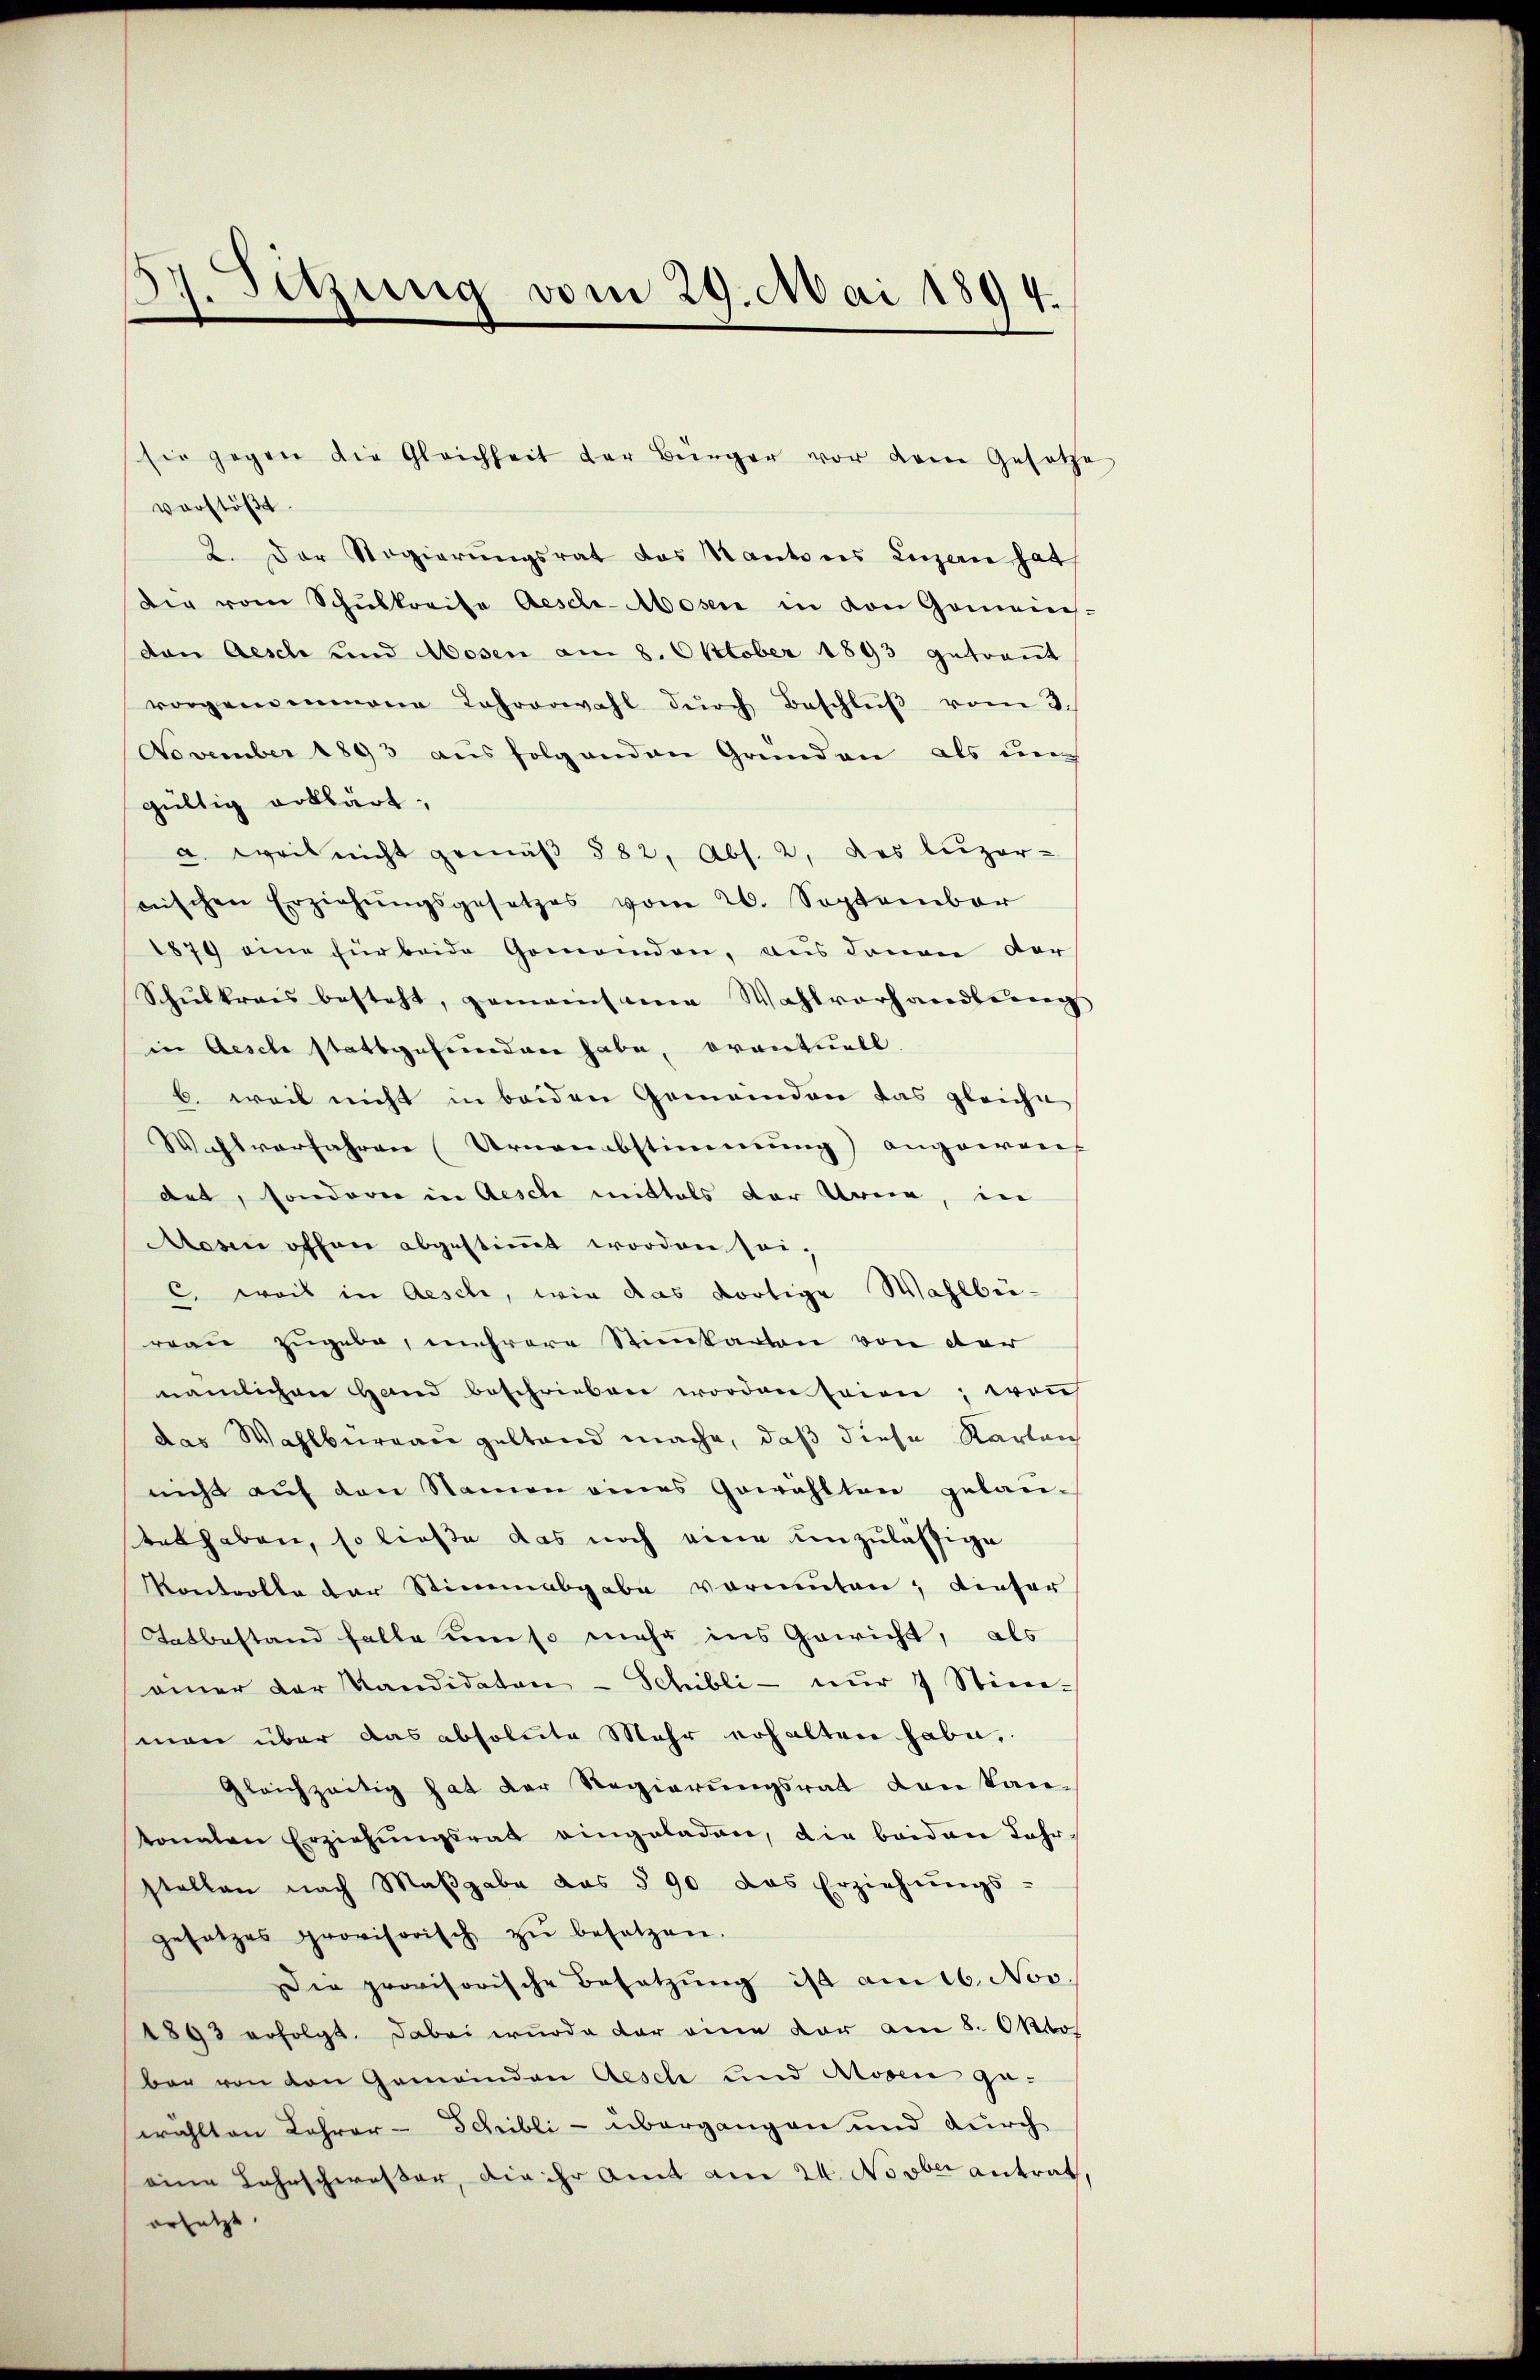
37. Setzung vom 29. Mai 1894.

vorstößt.
2. Der Regierŭngsrat das Kantons Luzern hat
die vom Schŭlkreise Aesch-Mosen in von Gomanis-
dan Aesch und Mosen am 8. Oktober 1893 getreṅt
vorgenommene Jahrerwahl dŭrch Beschlŭβ vom 3.
November 1893 aŭsfolgenden Grunden als un
gültig erklärt,
u weil nicht gemäβ 582, Abs. 2, des Luzer-
nischen Erziehŭngsgesetzes vom 20. September
1879 eine für beide Gemeinden, aus denen der
Schŭlkrais besteht, gemeinsame Wahlvorhandlung
in Aesche stattgefunden habe, oventuell
b. weil nicht in beiden Gemeinden das gleiche
Wahlverfahren (Urnenabstimmung angeweich
dat, sonderie in Aesch mittels der Urne, in
Aesen offen abgestimmt worden sei,
c. weis in Aesch, wie das dortige Wahlbereau zugebe, mehrere Stimmkarten von der
nämlichen Hand beschrieben worden seien; won
das Wahlbureau geltend mache, daß diese Karten
nicht auf den Namen eines Gewählten gelauent haben, so ließe das noch eine unzulässige
Kontrolle der Stimmabgabe vormuten, dieser
Tatbestand falle um so mehr ins Gewicht, als
ainer der Kandidaten - Schilli - nur 7 Stim-
man über das absolute Mehr erhalten habe,
Gleichzeitig hat der Regierungsrat den Kantonalen Erziehŭngsrath eingeladen, die beiden Jahr-
stellen nach Maβgabe des § 90 das Erziehŭngs-
gesetzes provisorisch zŭ besetzen.
ie provisorische Besetzŭng ist am 16. Nov.
1893 erfolgt. Dabei wurde der eine vor am 8. Okto
ber von den Gemeinden Aesch und Atosen gewählten Lehrer- Schilli - übergangen und durch
eine Lahnschwaßer, die ihr Amt am 24. No ober antrath,
orsetzt.

sie gegen die Gleichheit der Bürger vor dem Gesetze